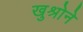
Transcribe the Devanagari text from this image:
खुश्रोने